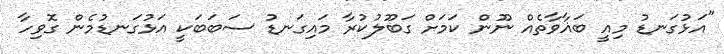
"އަޅުގަނޑު މިއީ ބަޣާވާތެއް ނޫން ކަމަށް ގަބޫލުކުރާ މައިގަނޑު ސަބަބަކީ އަޅުގަނޑުމެން ގޮވިހާ